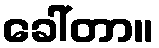
ခေါ်တာ။